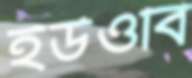
ইউওবি